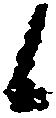
候